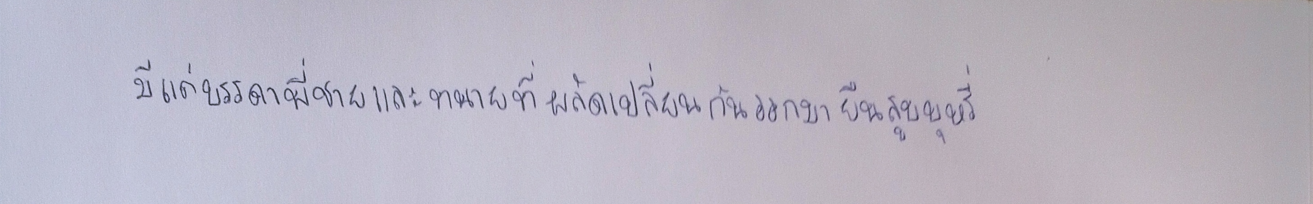
มีแต่บรรดาพี่ชายและทนายที่ผลัดเปลี่ยนกันออกมายืนสูบบุหรี่